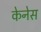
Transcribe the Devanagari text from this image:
केनेस